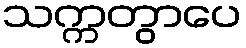
သက္ကတွာပေ